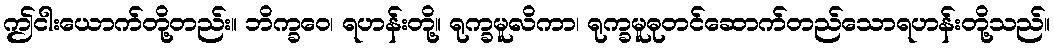
ဤငါးယောက်တို့တည်း။ ဘိက္ခဝေ၊ ရဟန်းတို့။ ရုက္ခမူလိကာ၊ ရုက္ခမူဓုတင်ဆောက်တည်သောရဟန်းတို့သည်။